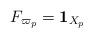
LaTeX: \begin{align*}F_{\varpi_{p}}=\textbf{1}_{X_{p}}\end{align*}